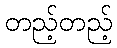
တည့်တည့်